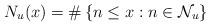
LaTeX: \begin{align*}N_u(x)=\#\left\{ n\leq x:n \in \mathcal{N}_u \right\}\end{align*}